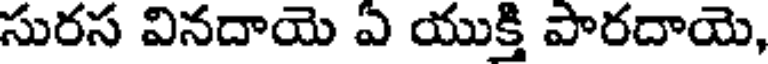
సురస వినదాయె ఏ యుక్తి పారదాయె,